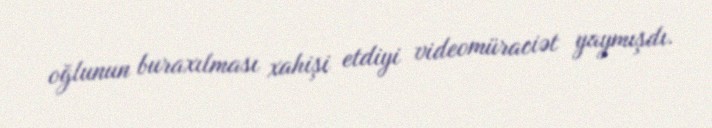
oğlunun buraxılması xahişi etdiyi videomüraciət yaymışdı.